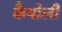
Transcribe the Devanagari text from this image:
कैथोली